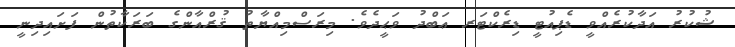
ޝުކުރު އަދާކުރެއްވީ ޑެޕިއުޓީ ޑިރެކްޓަރ ޢަބްދު ވަޙީދެވެ. މިރަސްމިއްޔާތު ޤުރްއާންގެ ބަރަކާތުން ފަށައިދިނީ